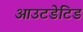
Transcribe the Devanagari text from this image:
आउटडेटिड